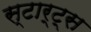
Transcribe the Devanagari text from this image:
स्टार्ट्स